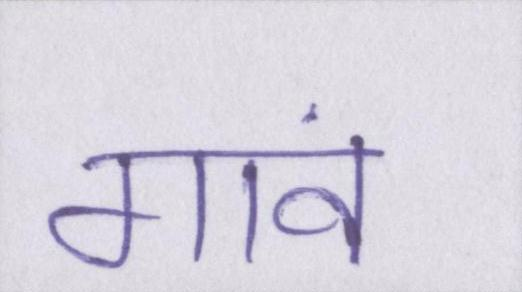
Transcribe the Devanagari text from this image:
गावं